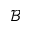
\mathcal { B }